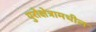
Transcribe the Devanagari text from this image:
युरोक्षेत्रामधील